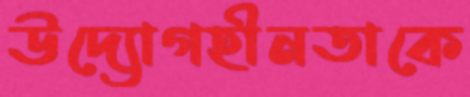
উদ্যোগহীনতাকে